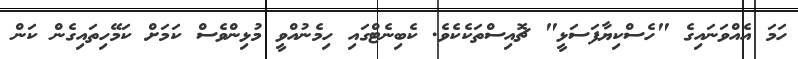
ހަމަ އެއްވަނައިގެ "ހެސްކިޔާފަސަޅީ" ޗޮއިސްތަކެކެވެ. ކެބިނެޓްގައި ހިމެނުއްވީ މުޅިންވެސް ކަމަށް ކަމޭހިތައިގެން ކަން